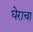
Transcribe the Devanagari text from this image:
घेराचा